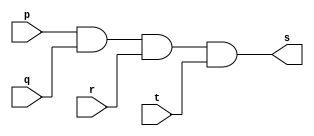
// ----------------------------------------
// Exerccio0008 - AND
// Nome: Joo Henrique Mendes de Oliveira
// ----------------------------------------

// -------------------------
// -- and gate
// -------------------------

module andgate(output s, input p, q, r, t);
	assign s = p & q & r & t;
endmodule //-- andgate

// -------------------------
// -- test andgate
// -------------------------

module testandgate;
	reg a, b, c, d;
	wire s;
	
	andgate AND1(s, a, b, c, d);
	
	initial begin:start
		a = 0; b = 0; c = 0; d = 0;
	end //-- start
	
	initial begin:main
		$display("Exerccio0008 - Joo Henrique - 392734");
		$display("Test AND gate");
		$display("\na & b & c & d = s\n");
		$monitor("%b & %b & %b & %b = %b", a, b, c, d, s);
		
	#1 a = 0; b = 0; c = 0; d = 0;
	#1 a = 0; b = 0; c = 0; d = 1;
	#1 a = 0; b = 0; c = 1; d = 0;
	#1 a = 0; b = 0; c = 1; d = 1;
	#1 a = 0; b = 1; c = 0; d = 0;
	#1 a = 0; b = 1; c = 0; d = 1;
	#1 a = 0; b = 1; c = 1; d = 0;
	#1 a = 0; b = 1; c = 1; d = 1;
	#1 a = 1; b = 0; c = 0; d = 0;
	#1 a = 1; b = 0; c = 0; d = 1;
	#1 a = 1; b = 0; c = 1; d = 0;
	#1 a = 1; b = 0; c = 1; d = 1;
	#1 a = 1; b = 1; c = 0; d = 0;
	#1 a = 1; b = 1; c = 0; d = 1;
	#1 a = 1; b = 1; c = 1; d = 0;
	#1 a = 1; b = 1; c = 1; d = 1;
	
	end //-- main
	
endmodule //-- testandgate